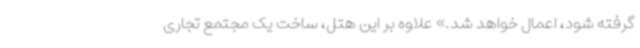
گرفته شود، اعمال خواهد شد.» علاوه بر این هتل، ساخت یک مجتمع تجاری